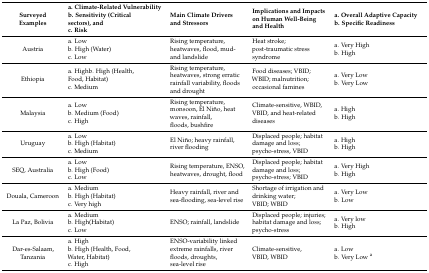
<table><thead><tr><td><b>Surveyed Examples</b></td><td><b>a. Climate-Related Vulnerabilityb. Sensitivity (Critical sectors), andc. Risk</b></td><td><b>Main Climate Drivers and Stressors</b></td><td><b>Implications and Impacts on Human Well-Being and Health</b></td><td><b>a. Overall Adaptive Capacityb. Specific Readiness</b></td></tr></thead><tbody><tr><td>Austria</td><td>a. Lowb. High (Water)c. Low</td><td>Rising temperature, heatwaves, flood, mud- and landslide</td><td>Heat stroke; post-traumatic stress syndrome</td><td>a. Very Highb. High</td></tr><tr><td>Ethiopia</td><td>a. Highb. High (Health,Food, Habitat)c. Medium</td><td>Rising temperature, heatwaves, strong erratic rainfall variability, floods and drought</td><td>Food diseases; VBID; WBID; malnutrition; occasional famines</td><td>a. Very Lowb. Very Low</td></tr><tr><td>Malaysia</td><td>a. Lowb. Medium (Food)c. High</td><td>Rising temperature, monsoon, El Niño, heat waves, rainfall, floods, bushfire</td><td>Climate-sensitive, WBID, VBID, and heat-related diseases</td><td>a. Highb. High</td></tr><tr><td>Uruguay</td><td>a. Lowb. High (Habitat)c. Medium</td><td>El Niño; heavy rainfall, river flooding</td><td>Displaced people; habitat damage and loss; psycho-stress, VBID</td><td>a. Highb. High</td></tr><tr><td>SEQ, Australia</td><td>a. Lowb. High (Food)c. Low</td><td>Rising temperature, ENSO, heatwaves, drought, flood</td><td>Displaced people; habitat damage and loss; psycho-stress; VBID</td><td>a. Very Highb. High</td></tr><tr><td>Douala, Cameroon</td><td>a. Mediumb. High (Habitat)c. Very high</td><td>Heavy rainfall, river and sea-flooding, sea-level rise</td><td>Shortage of irrigation and drinking water; VBID; WBID</td><td>a. Very Lowb. Low</td></tr><tr><td>La Paz, Bolivia</td><td>a. Mediumb. High(Habitat)c. Low</td><td>ENSO; rainfall, landslide</td><td>Displaced people; injuries; habitat damage and loss; psycho-stress</td><td>a. Very lowb. High</td></tr><tr><td>Dar-es-Salaam, Tanzania</td><td>a. Highb. High (Health, Food, Water, Habitat)c. High</td><td>ENSO-variability linked extreme rainfalls, river floods, droughts, sea-level rise</td><td>Climate-sensitive, VBID, WBID</td><td>a. Lowb. Very Low <sup>a</sup></td></tr></tbody></table>